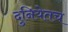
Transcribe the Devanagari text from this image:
दुनियेतच